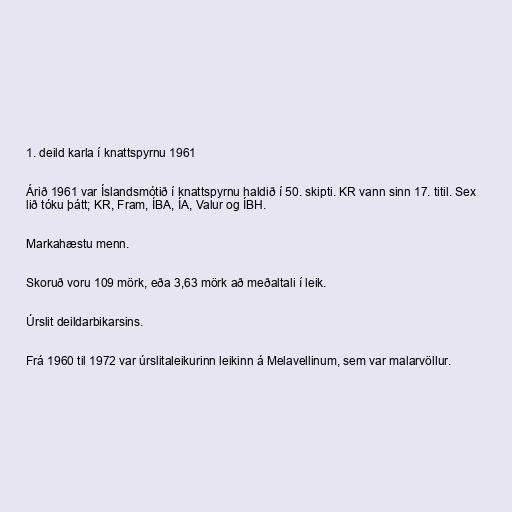
1. deild karla í knattspyrnu 1961

Árið 1961 var Íslandsmótið í knattspyrnu haldið í 50. skipti. KR vann sinn 17. titil. Sex
lið tóku þátt; KR, Fram, ÍBA, ÍA, Valur og ÍBH.

Markahæstu menn.

Skoruð voru 109 mörk, eða 3,63 mörk að meðaltali í leik.

Úrslit deildarbikarsins.

Frá 1960 til 1972 var úrslitaleikurinn leikinn á Melavellinum, sem var malarvöllur.